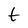
Character: t